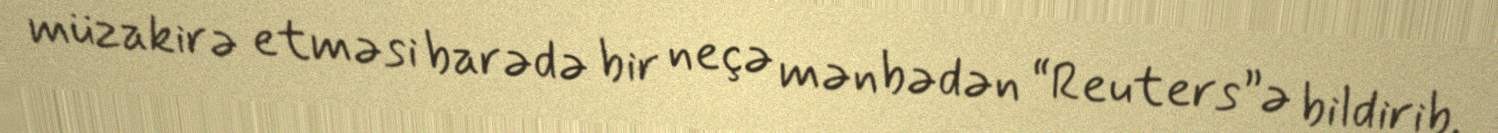
müzakirə etməsi barədə bir neçə mənbədən “Reuters”ə bildirib.